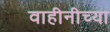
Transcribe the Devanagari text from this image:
वाहीनीच्या